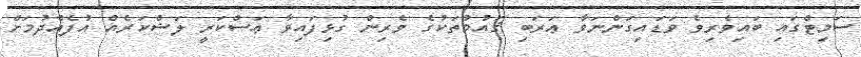
ސަމިޓްގައި ބައިވެރިވެ ވަޑައިގަންނަވާ ޢަރަބި ޤައުމުތަކުގެ ވެރިން ގުޅިފައިވާ ޢަސްކަރީ ލަޝްކަރެއް އުފެއްދުމަށް